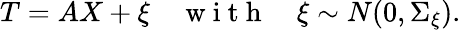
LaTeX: T=AX+\xi\quad\mathrm{~w~i~t~h~}\quad\xi\sim N(0,\Sigma_{\xi}).